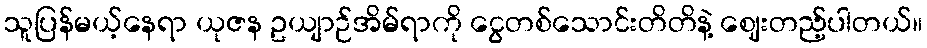
သူပြန်မယ့်နေရာ ယုဇန ဥယျာဉ်အိမ်ရာကို ငွေတစ်သောင်းတိတိနဲ့ ဈေးတည့်ပါတယ်။